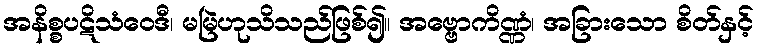
အနိစ္စပဋိသံဝေဒီ၊ မမြဲဟုသိသည်ဖြစ်၍။ အဗ္ဗောကိဏ္ဏံ၊ အခြားသော စိတ်နှင့်